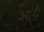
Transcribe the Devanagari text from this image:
आयै